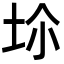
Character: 𡊒